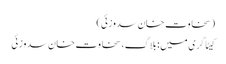
(سخاوت خان سدوزئی)
کیٹاگری میں : بلاگ، سخاوت خان سدوزئی